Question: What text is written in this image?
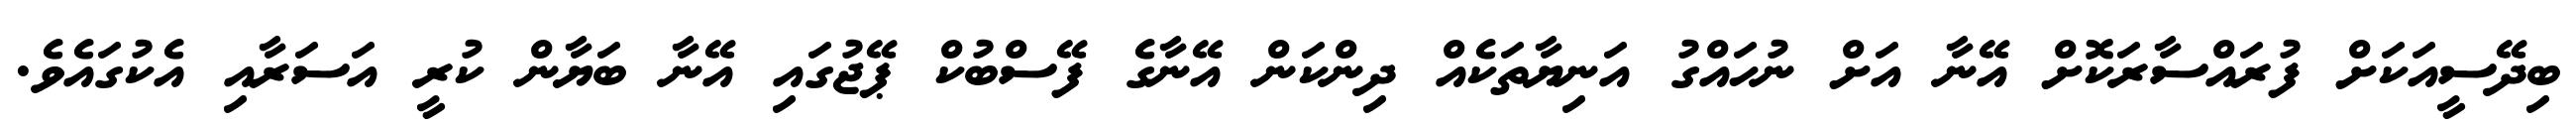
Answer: ބިދޭސީއަކަށް ފުރައްސާރަކޮށް އޭނާ އަށް ނުހައްގު އަނިޔާތަކެއް ދިންކަން އޭނާގެ ފޭސްބުކް ޕޭޖުގައި އޭނާ ބަޔާން ކުރީ އަސަރާއި އެކުގައެވެ.